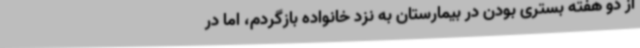
از دو هفته بستری بودن در بیمارستان به نزد خانواده بازگردم، اما در